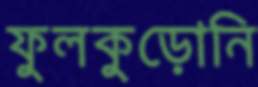
ফুলকুড়োনি